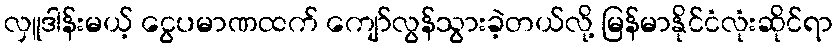
လှူဒါန်းမယ့် ငွေပမာဏထက် ကျော်လွန်သွားခဲ့တယ်လို့ မြန်မာနိုင်ငံလုံးဆိုင်ရာ